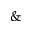
\&